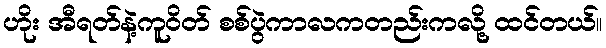
ဟိုး အီရတ်နဲ့ကူဝိတ် စစ်ပွဲကာလကတည်းကလို့ ထင်တယ်။